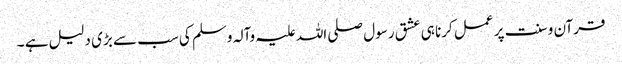
قرآن و سنت پر عمل کرنا ہی عشق رسول صلی اللہ علیہ وآلہ وسلم کی سب سے بڑی دلیل ہے ۔